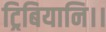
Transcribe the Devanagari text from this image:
ट्रिबियानि।।